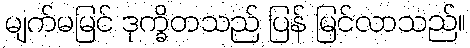
မျက်မမြင် ဒုက္ခိတသည် ပြန် မြင်လာသည်။